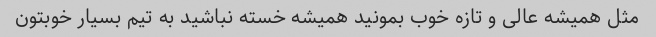
مثل همیشه عالی و تازه خوب بمونید همیشه خسته نباشید به تیم بسیار خوبتون